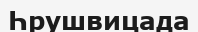
Һрушвицада